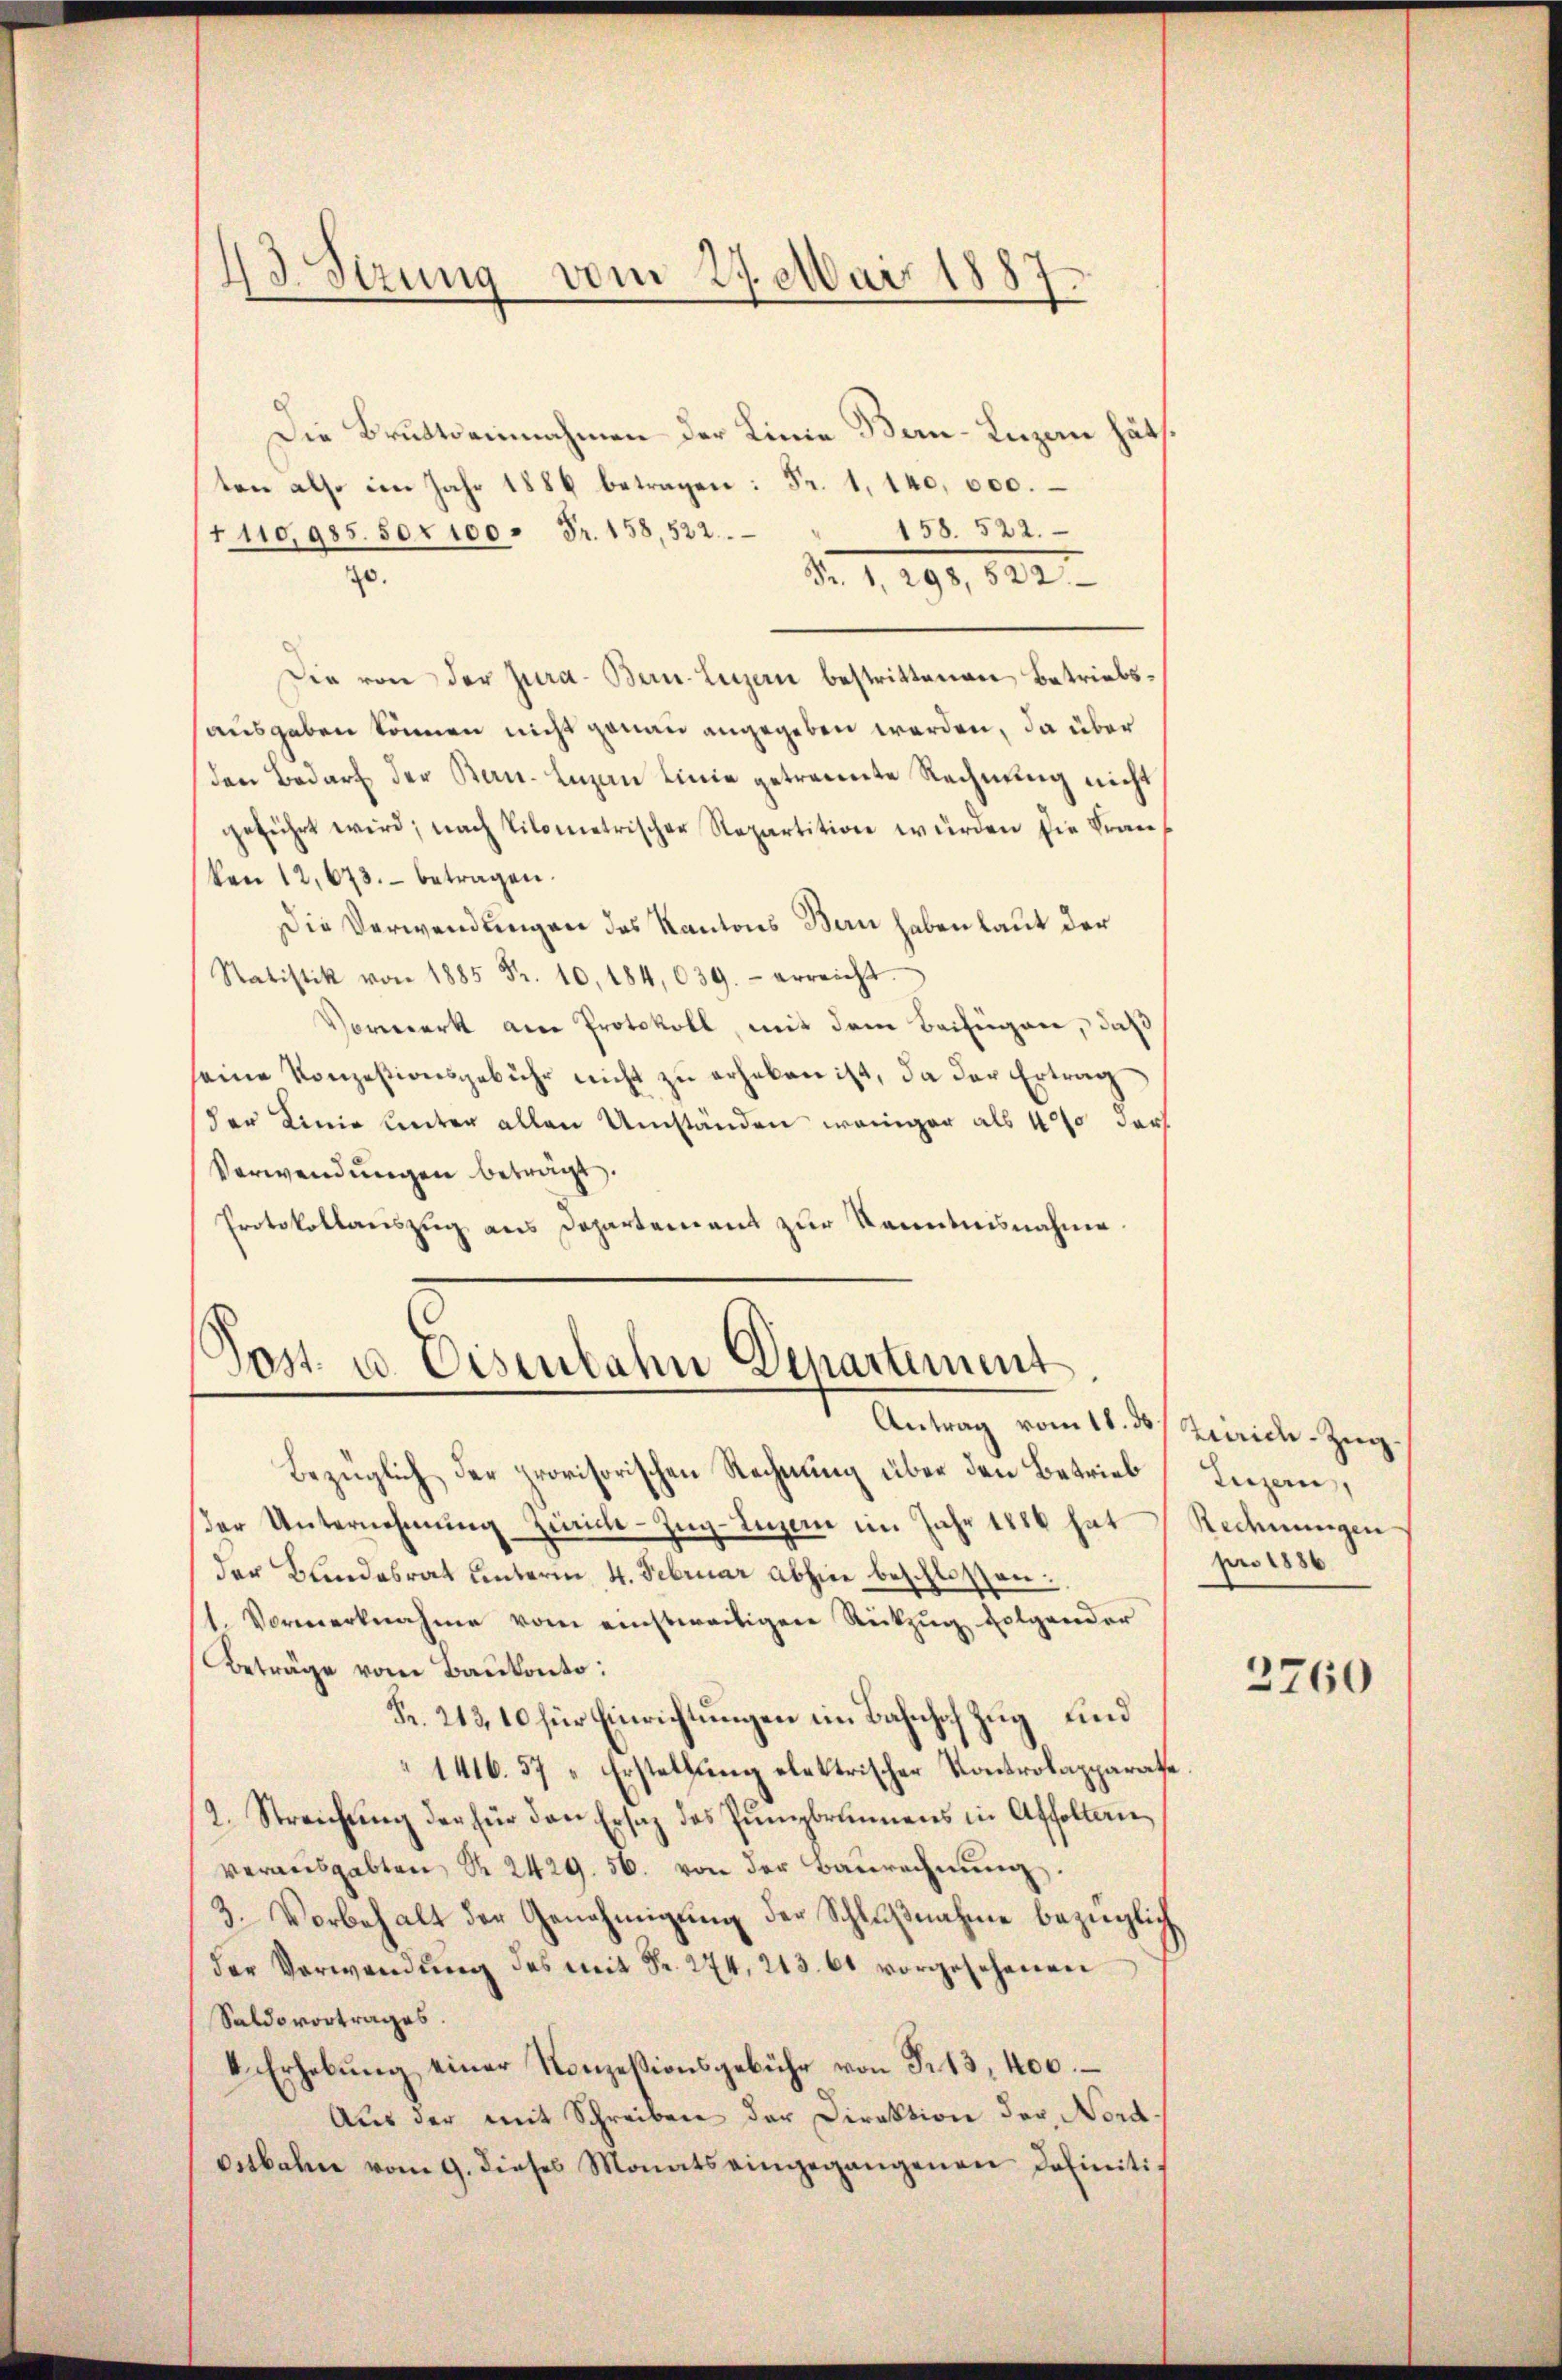
43. Sitzung vom 27. Mai 1887.

Die Brutto einnahmen der Linie Bern-Luzan häts.
ten also im Jahr 1886 betragen: Fr. 1, 140,000.
158. 522.
1110,985. 50r 100. Fr. 158, 522.
0.
Fr. 1, 298, 522.
Die von der Jura- Bern-Luzern bestrittenen Betriebsausgeben können nicht genau angegeben werden, da über
den Bedarf der Bern. Luzen Linie getrennte Rechnung nicht
geführt wird, nach Kilometrischer Repartition wurden die Franken 12,673. betragen.
Die Verwendungen des Kantons Bern haben laut der
Statistik von 1885 Fr. 10, 184, 039.- erreicht.
Vorwerk am Protokoll, mit dem Beifügen, daß
seine Konzesionsgebühr nicht zu erheben ist, da der Ertrag
der Linie unter allen Umständen weniger als 400 der
Verwendungen beträgt.
Protokollauszug aus Departement zur Kenntnisnahme

Post u. Eisenbahn Departement
Antrag vom 11. ds. Zürich–Zug¬

Luzern,
Rechnungen
pro 1886

Bezüglich der provisorischen Rechnung über den Betrieb
der Unternehmung Zürich–Zug–Luzern im Jahr 1886 hat
der Bundesrat unterm 4. Februar abhin beschloßen:
1. Vormerknahme vom einstweiligen Rückzug folgender
Beträge vom Baukonto:
Fr. 212, 10 für Einrichtungen im Bahnhof Zug und
141657 „Erstellung elektrischer Kontrolapparate
2. Streichŭng der für den Ersatz des Jŭngbrunnens in Affoltanverausgabten S. 2429. 56. von der Baurechnŭng.
3. Vorbehalt der Genehmigung der Schlußnahme bezüglich
der Verwendung des mit Fr. 274, 213. 61 vorgesehenen
Saldovortrages.
4. Erhebung einer Konzessionsgebühr von S. 13, 400.
Aus der mit Schreiben der Direktion der Nord
ostbahn vom 9. dieses Monats eingegangenen definiti¬

2760